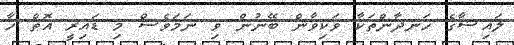
ލައިޝާގެ ހަނދާންތަކާ ވަކިވާން ބޭނުން ވި ނަމަވެސް މި ޑައިރީ އޮތް ހާ